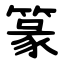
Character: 篆